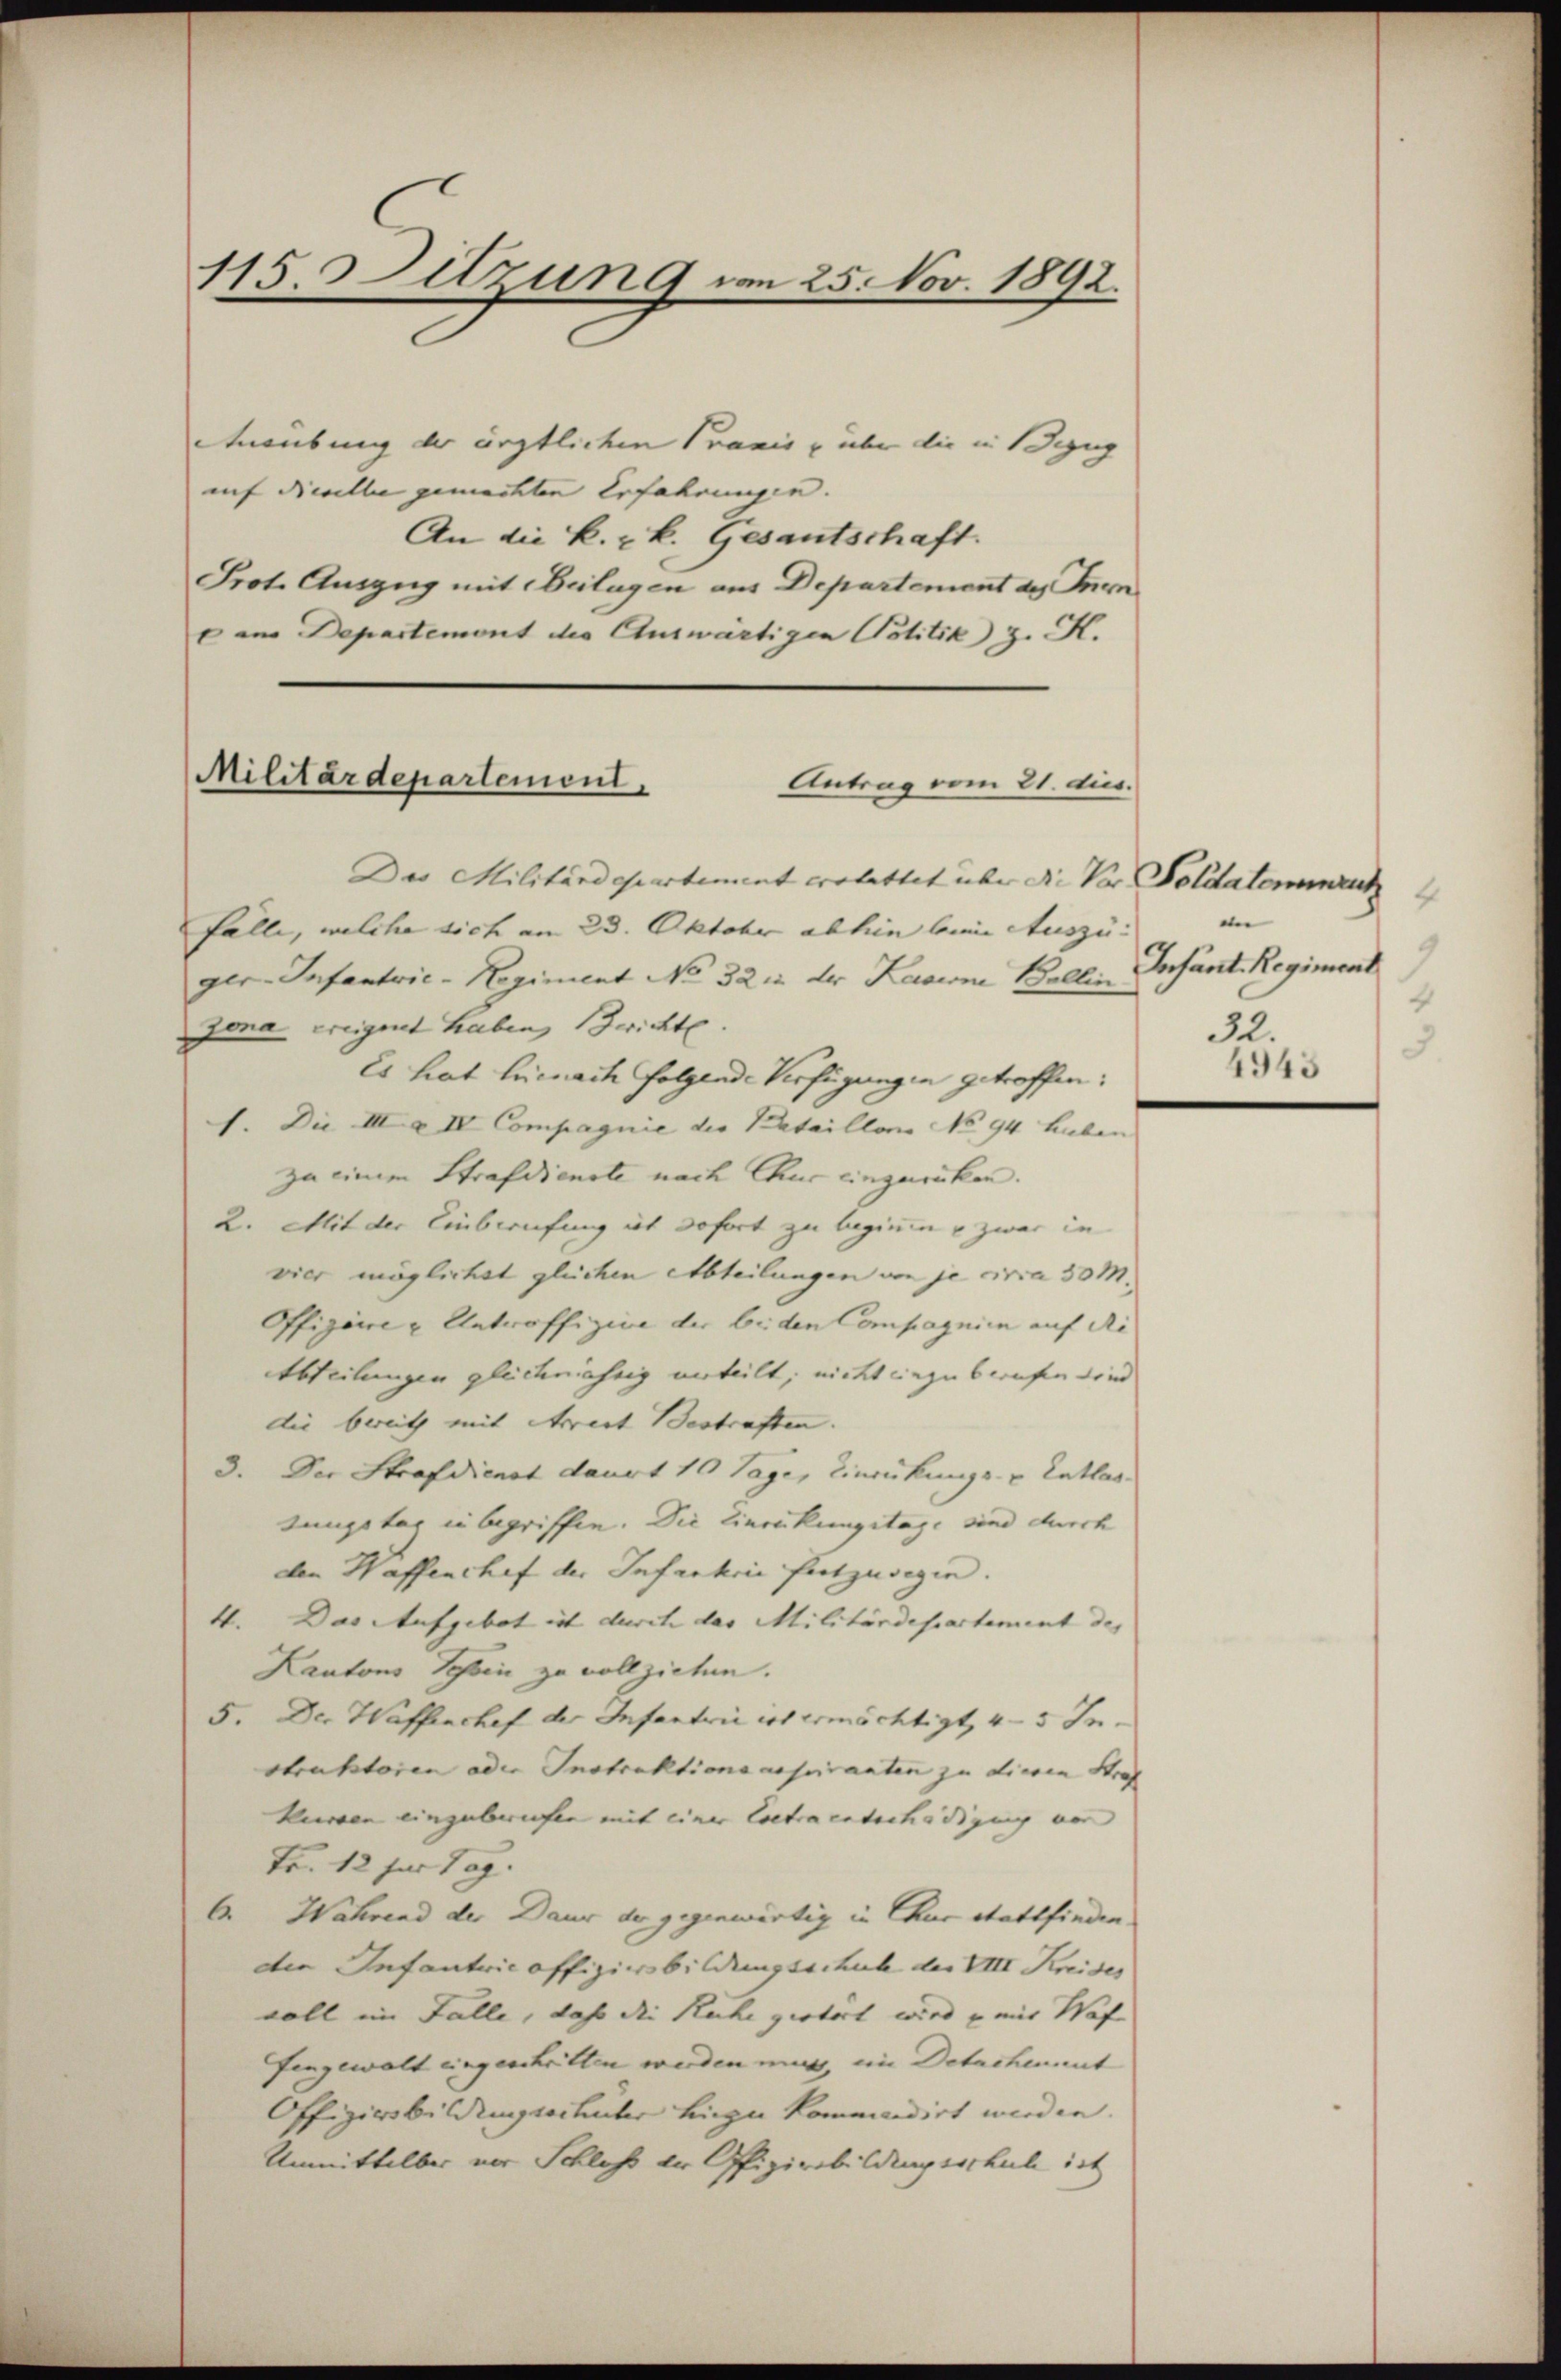
115. Sitzung von 25. Nov. 1892.

Ausübung der ärztlichen Praxis u über die in Bezug
auf dieselle gemachten Erfahrungen. |
An die k. k. Gesantschaft.
Prot. Auszug mit Beilagen aus Departement des Inen
c am Departemont die Auswärtigen Politik z. K.

Militärdepartemont.
Antrag vom 21. dies.

Das Militärdepartement erstattet über die Vor Soldatenwuch
Fälle, welche sich am 23. Oktober abhin bei Auszu:
ger-Infantrie-Regiment No 321 der Kasine Bellin
zona ereigent haben wichte.
Es hat hiernach folgende Verfügungen getroffen:
1. Die III a IV Compagnie die Kataillons No. 94 hieben
za einem Strafdienste nach Chur einzurücken.
2. Mit der Einberufung ist sofort zu beginen & zwar in
vier möglichst gleichen Abteilungen von je circa 30 M.
Offigire & Untroffizien der beiden Compagnie auf de
tbteilungen gleichnichtig verteilt, nicht einzuberufen sind
die bereits mit Arrest Bestraften.
3. Der Strafdienst dauert 10 Tage, Einrückungs- & Entlas-
tungstag in begriffen. Die Einrückungstage sind durch
den Waffenchef der Infantrie festzusegen.
4. Das Aufgebot ist durch das Militärdepartement des
Kantons Schon zu vollziehen.
5. Der Waffenchef der Infantrie ist ermächtigt, 4-5 Instruktoren oder Instruktions aspiranten zu einen Straf
Heeren einzuberichen mit einer Coctra entschädigung vor
Fr. 12 für Tag.
C. Während der Dauer der gegenwärtig in Chur stattfinden
die Infantrie offizierbildungsschub der VIII Kreises
voll im Falle, daß die Ruhe gestört wird u mir Waf
fengewalt eingeschritten werden muss, im Detachement
Offizierbildungsschuler hiezu kommendirt werden.
Unmittelbar vor Schloß dr Offizierbildungsschule ist

e
9
Infant. Regiment
4
32.
3

4943